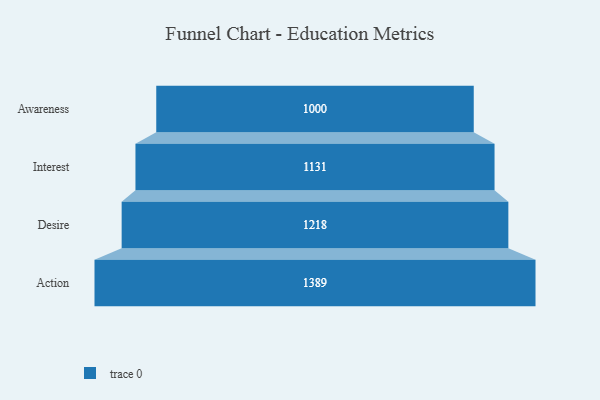
{"axis": {"x": "Stage", "y": "Value"}, "legend": [""], "data": [{"x": "Awareness", "y": 1000.0, "type": ""}, {"x": "Interest", "y": 1131.0, "type": ""}, {"x": "Desire", "y": 1218.0, "type": ""}, {"x": "Action", "y": 1389.0, "type": ""}]}